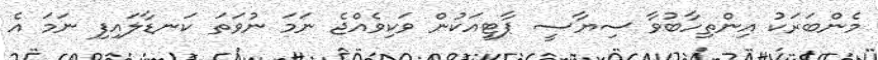
މެންބަރަކު އިންތިހާބުވާ ސިޔާސީ ޕާޓީއަކުން ވަކިވެއްޖެ ނަމަ ނުވަތަ ކަނޑާލައިފި ނަމަ އެ